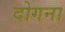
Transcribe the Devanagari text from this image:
दोगना